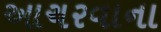
આચરવાના